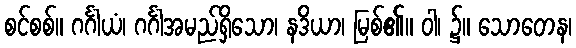
စင်စစ်။ ဂင်္ဂါယံ၊ ဂင်္ဂါအမည်ရှိသော၊ နဒိယာ၊ မြစ်၏။ ဝါ၊ ၌။ သောတေန၊